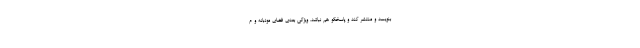
بنویسد و منتشر کند و پاسخگو هم نباشد. ویژگی بعدی فضای مودبانه و م